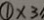
\textcircled { 1 } \times 3